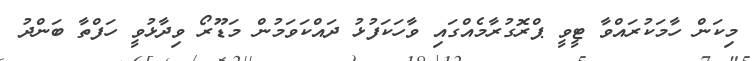
މިކަން ހާމަކުރައްވާ ޓީވީ ޕްރޮގުރާމެއްގައި ވާހަކަފުޅު ދައްކަވަމުން މަޑޫރޯ ވިދާޅުވީ ހަފްތާ ބަންދު